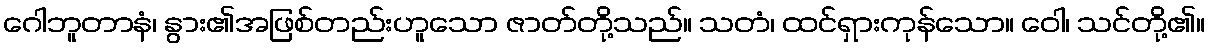
ဂေါဘူတာနံ၊ နွား၏အဖြစ်တည်းဟူသော ဇာတ်တို့သည်။ သတံ၊ ထင်ရှားကုန်သော။ ဝေါ၊ သင်တို့၏။